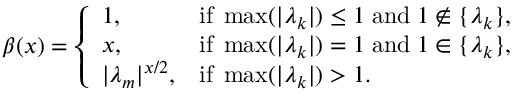
\beta ( x ) = \left\{ \begin{array} { l l } { 1 , } & { \mathrm { i f } \; \operatorname* { m a x } ( | \lambda _ { k } | ) \le 1 \; \mathrm { a n d } \; 1 \notin \{ \lambda _ { k } \} , } \\ { x , } & { \mathrm { i f } \; \operatorname* { m a x } ( | \lambda _ { k } | ) = 1 \; \mathrm { a n d } \; 1 \in \{ \lambda _ { k } \} , } \\ { | \lambda _ { m } | ^ { x / 2 } , } & { \mathrm { i f } \; \operatorname* { m a x } ( | \lambda _ { k } | ) > 1 . } \end{array} \right.